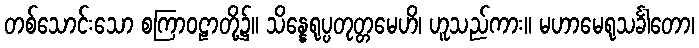
တစ်သောင်းသော စကြာဝဠာတို့၌။ သိန္နေရုပ္ပတုတ္တမေဟိ၊ ဟူသည်ကား။ မဟာမေရုသင်္ခါတော၊